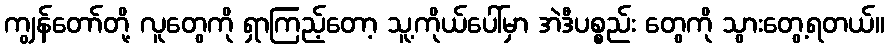
ကျွန်တော်တို့ လူတွေကို ရှာကြည့်တော့ သူ့ကိုယ်ပေါ်မှာ အဲဒီပစ္စည်း တွေကို သွားတွေ့ရတယ်။